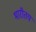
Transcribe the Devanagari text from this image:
भारीतय